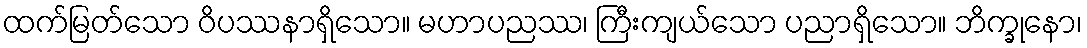
ထက်မြတ်သော ဝိပဿနာရှိသော။ မဟာပညဿ၊ ကြီးကျယ်သော ပညာရှိသော။ ဘိက္ခုနော၊